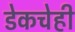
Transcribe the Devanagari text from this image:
डेकचेही